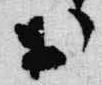
於